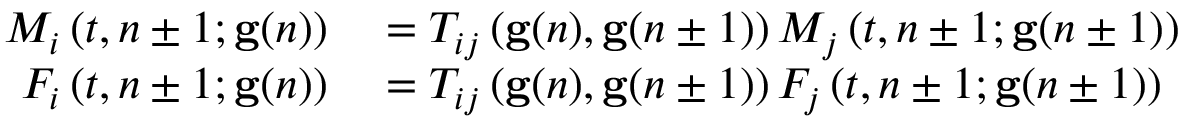
\begin{array} { r l } { M _ { i } \left( t , n \pm 1 ; \mathbf { g } ( n ) \right) } & { { } = T _ { i j } \left( \mathbf { g } ( n ) , \mathbf { g } ( n \pm 1 ) \right) M _ { j } \left( t , n \pm 1 ; \mathbf { g } ( n \pm 1 ) \right) } \\ { F _ { i } \left( t , n \pm 1 ; \mathbf { g } ( n ) \right) } & { { } = T _ { i j } \left( \mathbf { g } ( n ) , \mathbf { g } ( n \pm 1 ) \right) F _ { j } \left( t , n \pm 1 ; \mathbf { g } ( n \pm 1 ) \right) } \end{array}